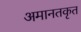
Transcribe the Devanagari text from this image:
अमानतकृत